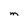
Character: m